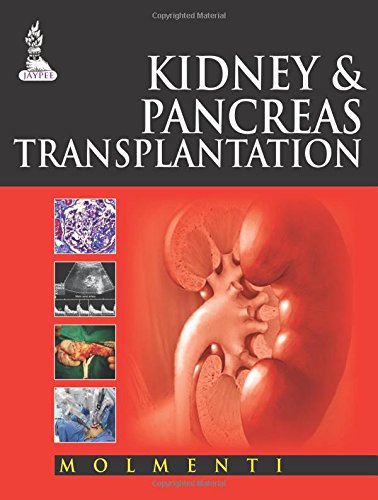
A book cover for Kidney and Pancreas Transplantation; Ernesto Pompeo, M.D., Ph.D. Molmenti; Health, Fitness & Dieting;